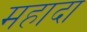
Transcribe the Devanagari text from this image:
महादा